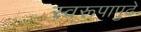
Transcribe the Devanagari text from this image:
स्वरूपापुढे